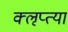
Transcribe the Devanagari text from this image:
क्‍ऌप्‍त्या